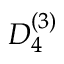
{ D } _ { 4 } ^ { ( 3 ) }